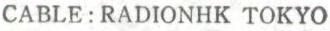
CABLE: RADIONHK TOKYO